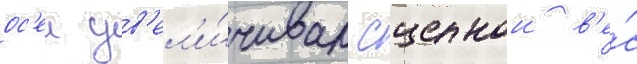
ос'еи ув'ел'и́чивал сцепнои в'е́с